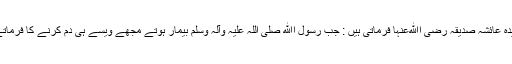
سیدہ عائشہ صدیقہ رضی اﷲعنہا فرماتی ہیں : جب رسول اﷲ صلی اللہ علیہ وآلہ وسلم بیمار ہوتے مجھے ویسے ہی دم کرنے کا فرماتے۔